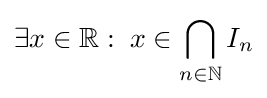
\exists x\in \mathbb {R} :\;x\in \bigcap _{n\in \mathbb {N} }I_{n}